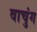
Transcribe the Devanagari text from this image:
वाचुंग